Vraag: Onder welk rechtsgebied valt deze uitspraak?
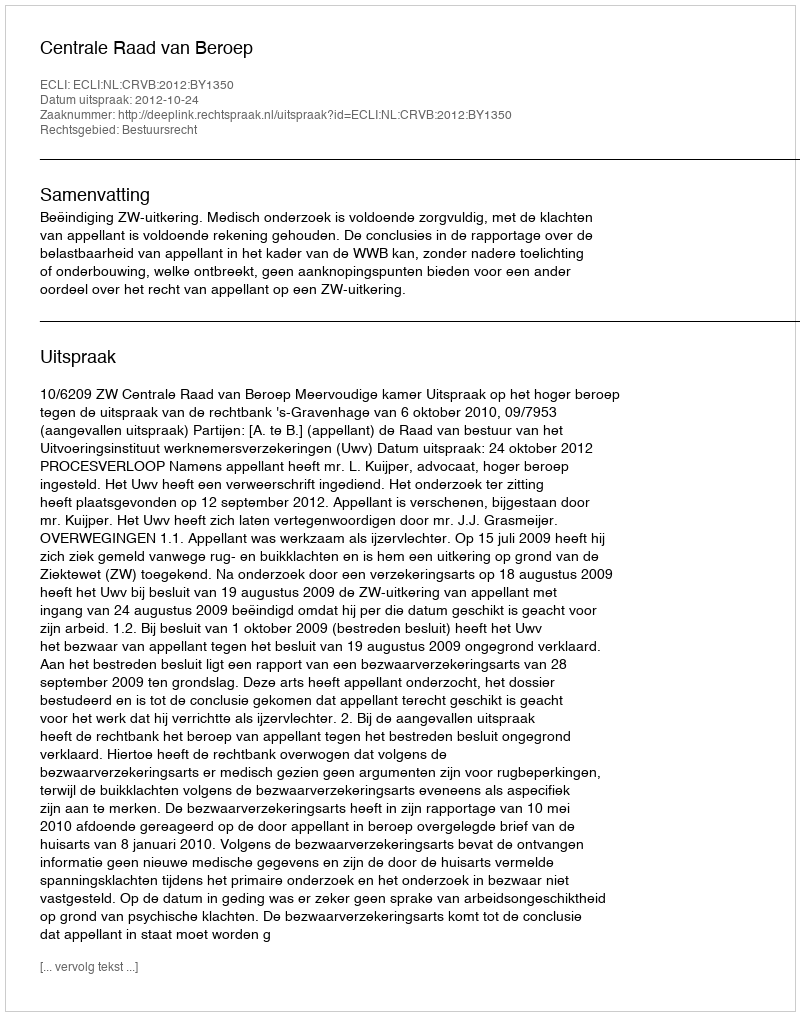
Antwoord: Bestuursrecht